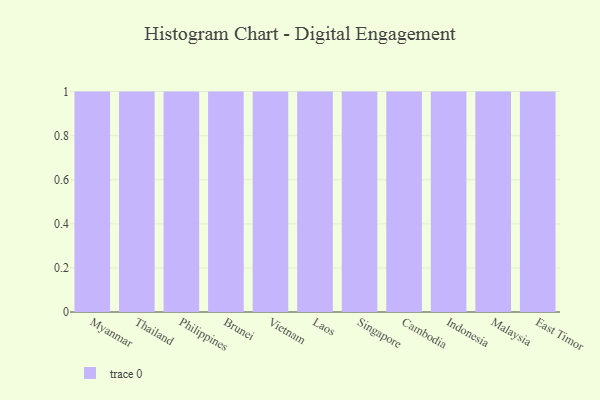
{"axis": {"x": "Country", "y": "Revenue (USD Million)"}, "legend": [""], "data": [{"x": "Myanmar", "y": 76, "type": ""}, {"x": "Thailand", "y": 45, "type": ""}, {"x": "Philippines", "y": 28, "type": ""}, {"x": "Brunei", "y": 2, "type": ""}, {"x": "Vietnam", "y": 1, "type": ""}, {"x": "Laos", "y": 46, "type": ""}, {"x": "Singapore", "y": 92, "type": ""}, {"x": "Cambodia", "y": 80, "type": ""}, {"x": "Indonesia", "y": 29, "type": ""}, {"x": "Malaysia", "y": 81, "type": ""}, {"x": "East Timor", "y": 98, "type": ""}]}